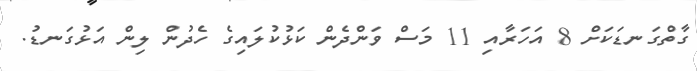
ގާތްގަނޑަކަށް 8 އަހަރާއި 11 މަސް ވަންދެން ކަޅުކުލައިގެ ހެދުން ލިން އަޅުގަނޑު.